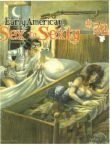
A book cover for Sex to Sexty # 32 (Early American); Comics & Graphic Novels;